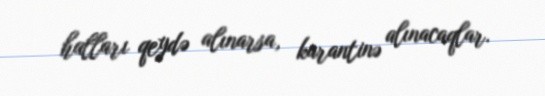
halları qeydə alınarsa, karantinə alınacaqlar.